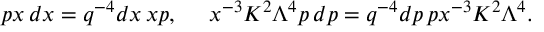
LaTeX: p x \, d x = q ^ { - 4 } d x \, x p , \ \ \ \ x ^ { - 3 } K ^ { 2 } \Lambda ^ { 4 } p \, d p = q ^ { - 4 } d p \, p x ^ { - 3 } K ^ { 2 } \Lambda ^ { 4 } .